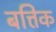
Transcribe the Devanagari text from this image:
बत्तिक